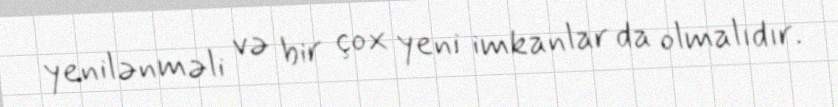
yenilənməli və bir çox yeni imkanlar da olmalıdır.